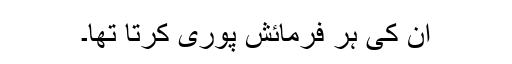
ان کی ہر فرمائش پوری کرتا تھا۔